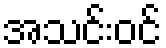
အသင်းဝင်